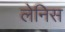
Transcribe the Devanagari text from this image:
लेनिस